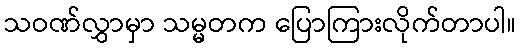
သဝဏ်လွှာမှာ သမ္မတက ပြောကြားလိုက်တာပါ။